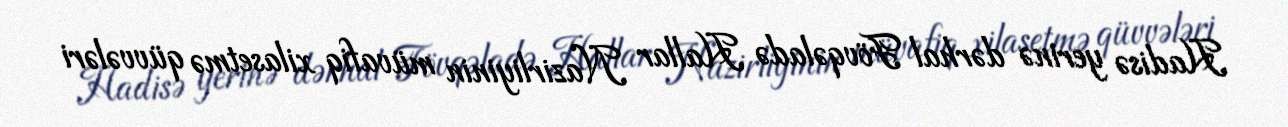
Hadisə yerinə dərhal Fövqəladə Hallar Nazirliyinin müvafiq xilasetmə qüvvələri